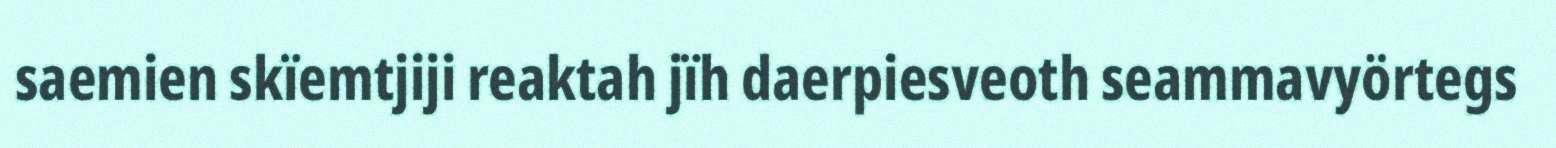
saemien skïemtjiji reaktah jïh daerpiesveoth seammavyörtegs